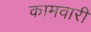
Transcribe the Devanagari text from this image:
कामवारी